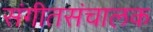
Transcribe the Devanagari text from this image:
संगीतसंचालक